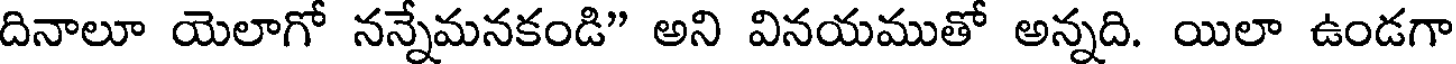
దినాలూ యెలాగో నన్నేమనకండి" అని వినయముతో అన్నది. యిలా ఉండగా